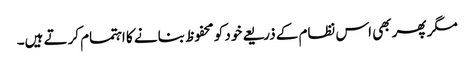
مگر پھر بھی اس نظام کے ذریعے خود کو محفوظ بنانے کا اہتمام کرتے ہیں۔